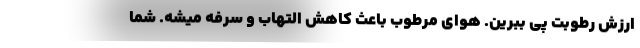
ارزش رطوبت پی ببرین. هوای مرطوب باعث کاهش التهاب و سرفه میشه. شما